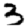
Digit: 3